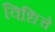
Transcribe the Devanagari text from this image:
विधिचे